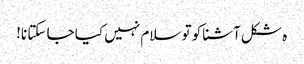
ہ شکل آشنا کو تو سلام نہیں کیا جا سکتا نا!